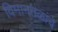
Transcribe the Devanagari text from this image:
विमानतळांचे